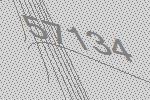
57134